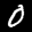
Label: 0